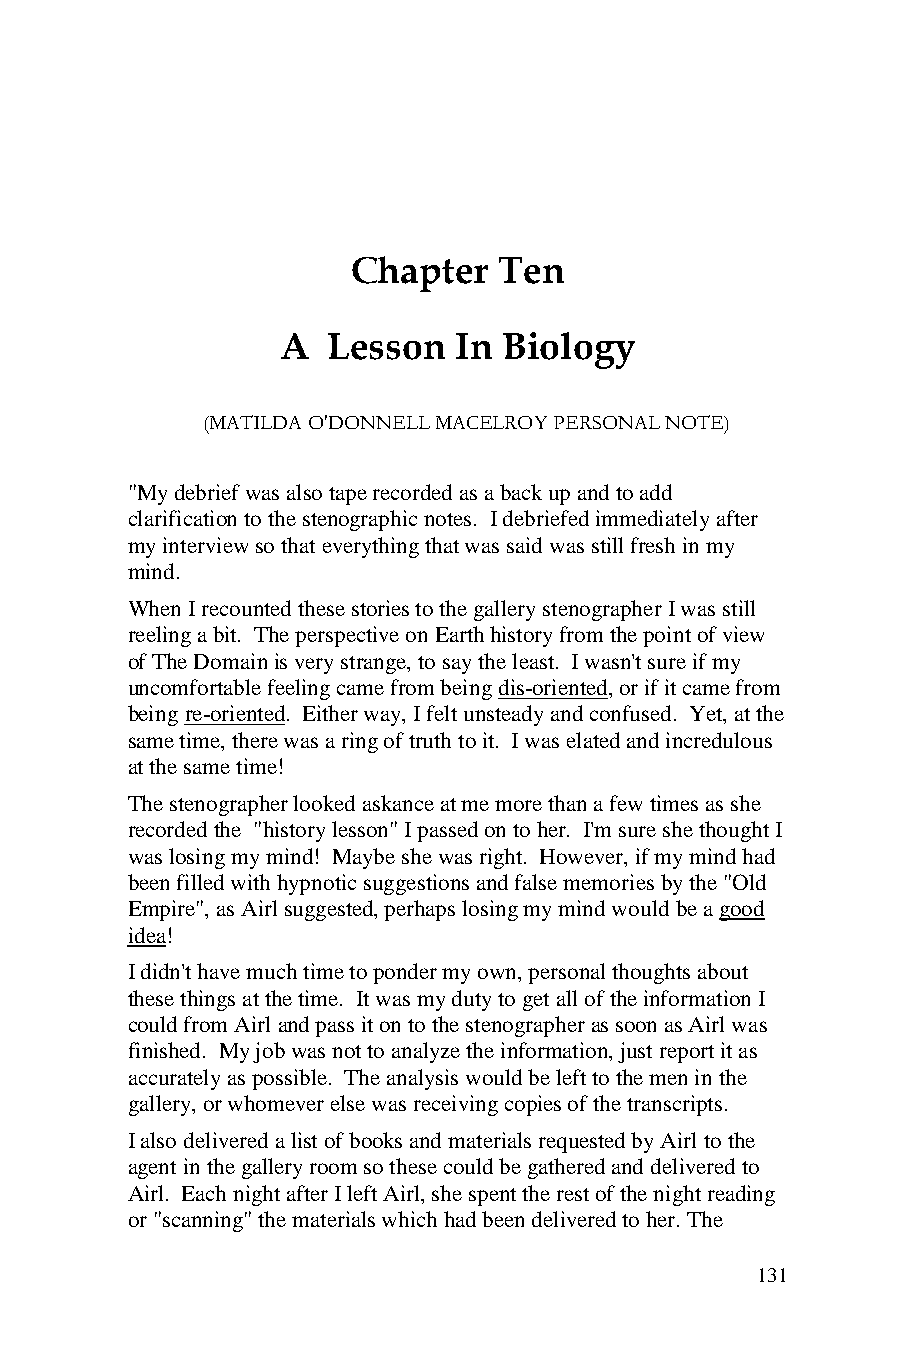
Chapter   Ten
 A   Lesson  In Biology
 (MATILDA O'DONNELL MACELROY PERSONAL NOTE)
 "My debrief was also tape recorded as a back up and to add
 clarification to the stenographic notes. I debriefed immediately after
 my interview so that everything that was said was still fresh in my
 mind.
 When I recounted these stories to the gallery stenographer I was still
 reeling a bit. The perspective on Earth history from the point of view
 of The Domain is very strange, to say the least. I wasn't sure if my
 uncomfortable feeling came from being dis-oriented, or if it came from
 being re-oriented. Either way, I felt unsteady and confused. Yet, at the
 same time, there was a ring of truth to it. I was elated and incredulous
 at the same time!
 The stenographer looked askance at me more than a few times as she
 recorded the "history lesson" I passed on to her. I'm sure she thought I
 was losing my mind! Maybe she was right. However, if my mind had
 been filled with hypnotic suggestions and false memories by the "Old
 Empire", as Airl suggested, perhaps losing my mind would be a good
 idea!
 I didn't have much time to ponder my own, personal thoughts about
 these things at the time. It was my duty to get all of the information I
 could from Airl and pass it on to the stenographer as soon as Airl was
 finished. My job was not to analyze the information, just report it as
 accurately as possible. The analysis would be left to the men in the
 gallery, or whomever else was receiving copies of the transcripts.
 I also delivered a list of books and materials requested by Airl to the
 agent in the gallery room so these could be gathered and delivered to
 Airl. Each night after I left Airl, she spent the rest of the night reading
 or "scanning" the materials which had been delivered to her. The
 131